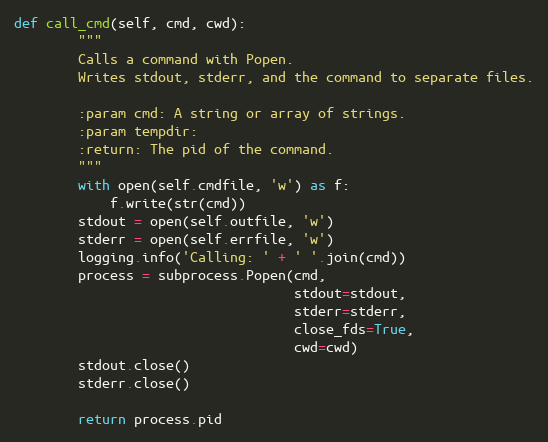
Language: Python
def call_cmd(self, cmd, cwd):
        """
        Calls a command with Popen.
        Writes stdout, stderr, and the command to separate files.

        :param cmd: A string or array of strings.
        :param tempdir:
        :return: The pid of the command.
        """
        with open(self.cmdfile, 'w') as f:
            f.write(str(cmd))
        stdout = open(self.outfile, 'w')
        stderr = open(self.errfile, 'w')
        logging.info('Calling: ' + ' '.join(cmd))
        process = subprocess.Popen(cmd,
                                   stdout=stdout,
                                   stderr=stderr,
                                   close_fds=True,
                                   cwd=cwd)
        stdout.close()
        stderr.close()

        return process.pid